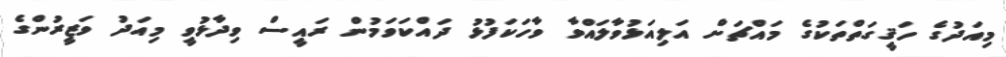
މިއަދުގެ ހަޤީގަތްތަކުގެ މައްޗަށް އަލިއަޅުވާލައްވާ ވާހަކަފުޅު ދައްކަވަމުން ރައީސް ވިދާޅުވީ މިއަދު ވަޒީރުންގެ